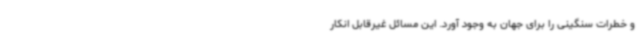
و خطرات سنگینی را برای جهان به وجود آورد. این مسائل غیرقابل انکار